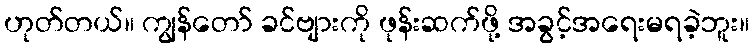
ဟုတ်တယ်။ ကျွန်တော် ခင်ဗျားကို ဖုန်းဆက်ဖို့ အခွင့်အရေးမရခဲ့ဘူး။